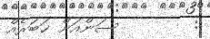
:        ސަންއަށް ޚަބަރެއް